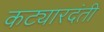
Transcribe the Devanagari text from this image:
कट्यारदंती